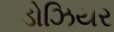
ડોઝિયર